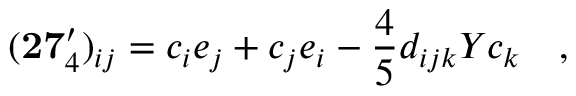
( \mathbf { 2 7 } _ { 4 } ^ { \prime } ) _ { i j } = c _ { i } e _ { j } + c _ { j } e _ { i } - { \frac { 4 } { 5 } } d _ { i j k } Y c _ { k } \quad ,